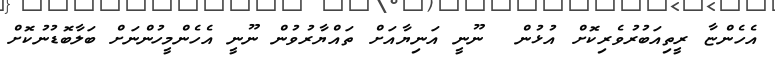
އެހެންޏާ ރީތިއަބުރުވެރިކޮށް އުޅުން  ނޫނީ އަނިޔާއަށް ތައްޔާރުވުން ނޫނީ އެހެންމީހުންނަށް ބަލާބޮޑުނުކޮށް